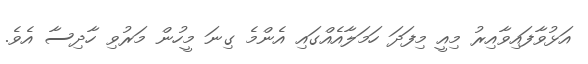
އަޅުވާފައިވާއިރު މިއީ މިފަދަ ހަމަލާއެއްގައި އެންމެ ގިނަ މީހުން މަރުވި ހާދިސާ އެވެ.